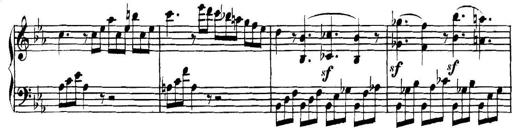
Title: Collected Piano Sonatas
Composer: Muzio Clementi